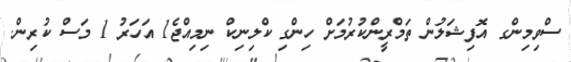
ސްވިމިންގ އޮފިޝަލުން ތަމްރީންކުރުމަށް ހިންގި ކްލިނިކް ނިމިއްޖެ1 އަހަރު 1 މަސް ކުރިން.